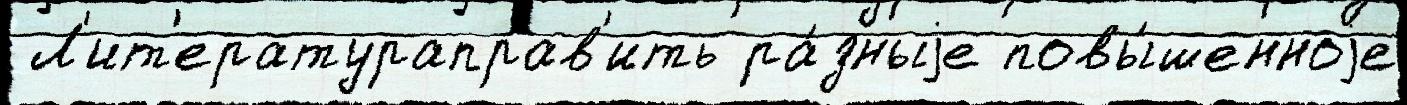
 Л'ит'ератураправ'ить ра́зныjе повы́шенноjе